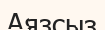
Аязсыз